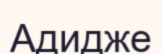
Адидже